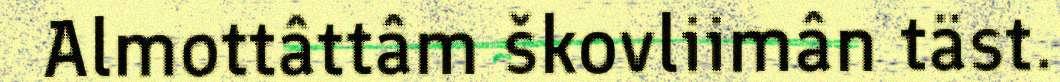
Almottâttâm škovliimân täst.